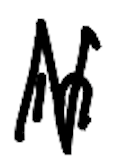
Text: in
Cross-out: zig-zag
Writing tool: digital_black